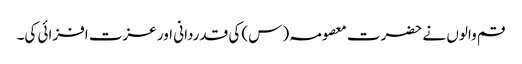
قم والوں نے حضرت معصومہ (س) کی قدردانی اور عزت افزائی کی۔